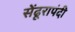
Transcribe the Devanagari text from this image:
सेंढूरापंदी